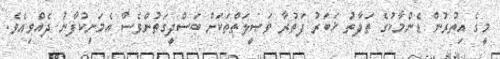
މީގެ އިތުރުން ޑެންމާކުގެ ތަފާތު ޚަބަރު ފަތުރާ ވަޞީލަތްތަކަށް ބަސްދީގަތުންވެސް އެމަނިކުފާނު ދެއްވިއެވެ.